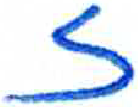
אות: ז